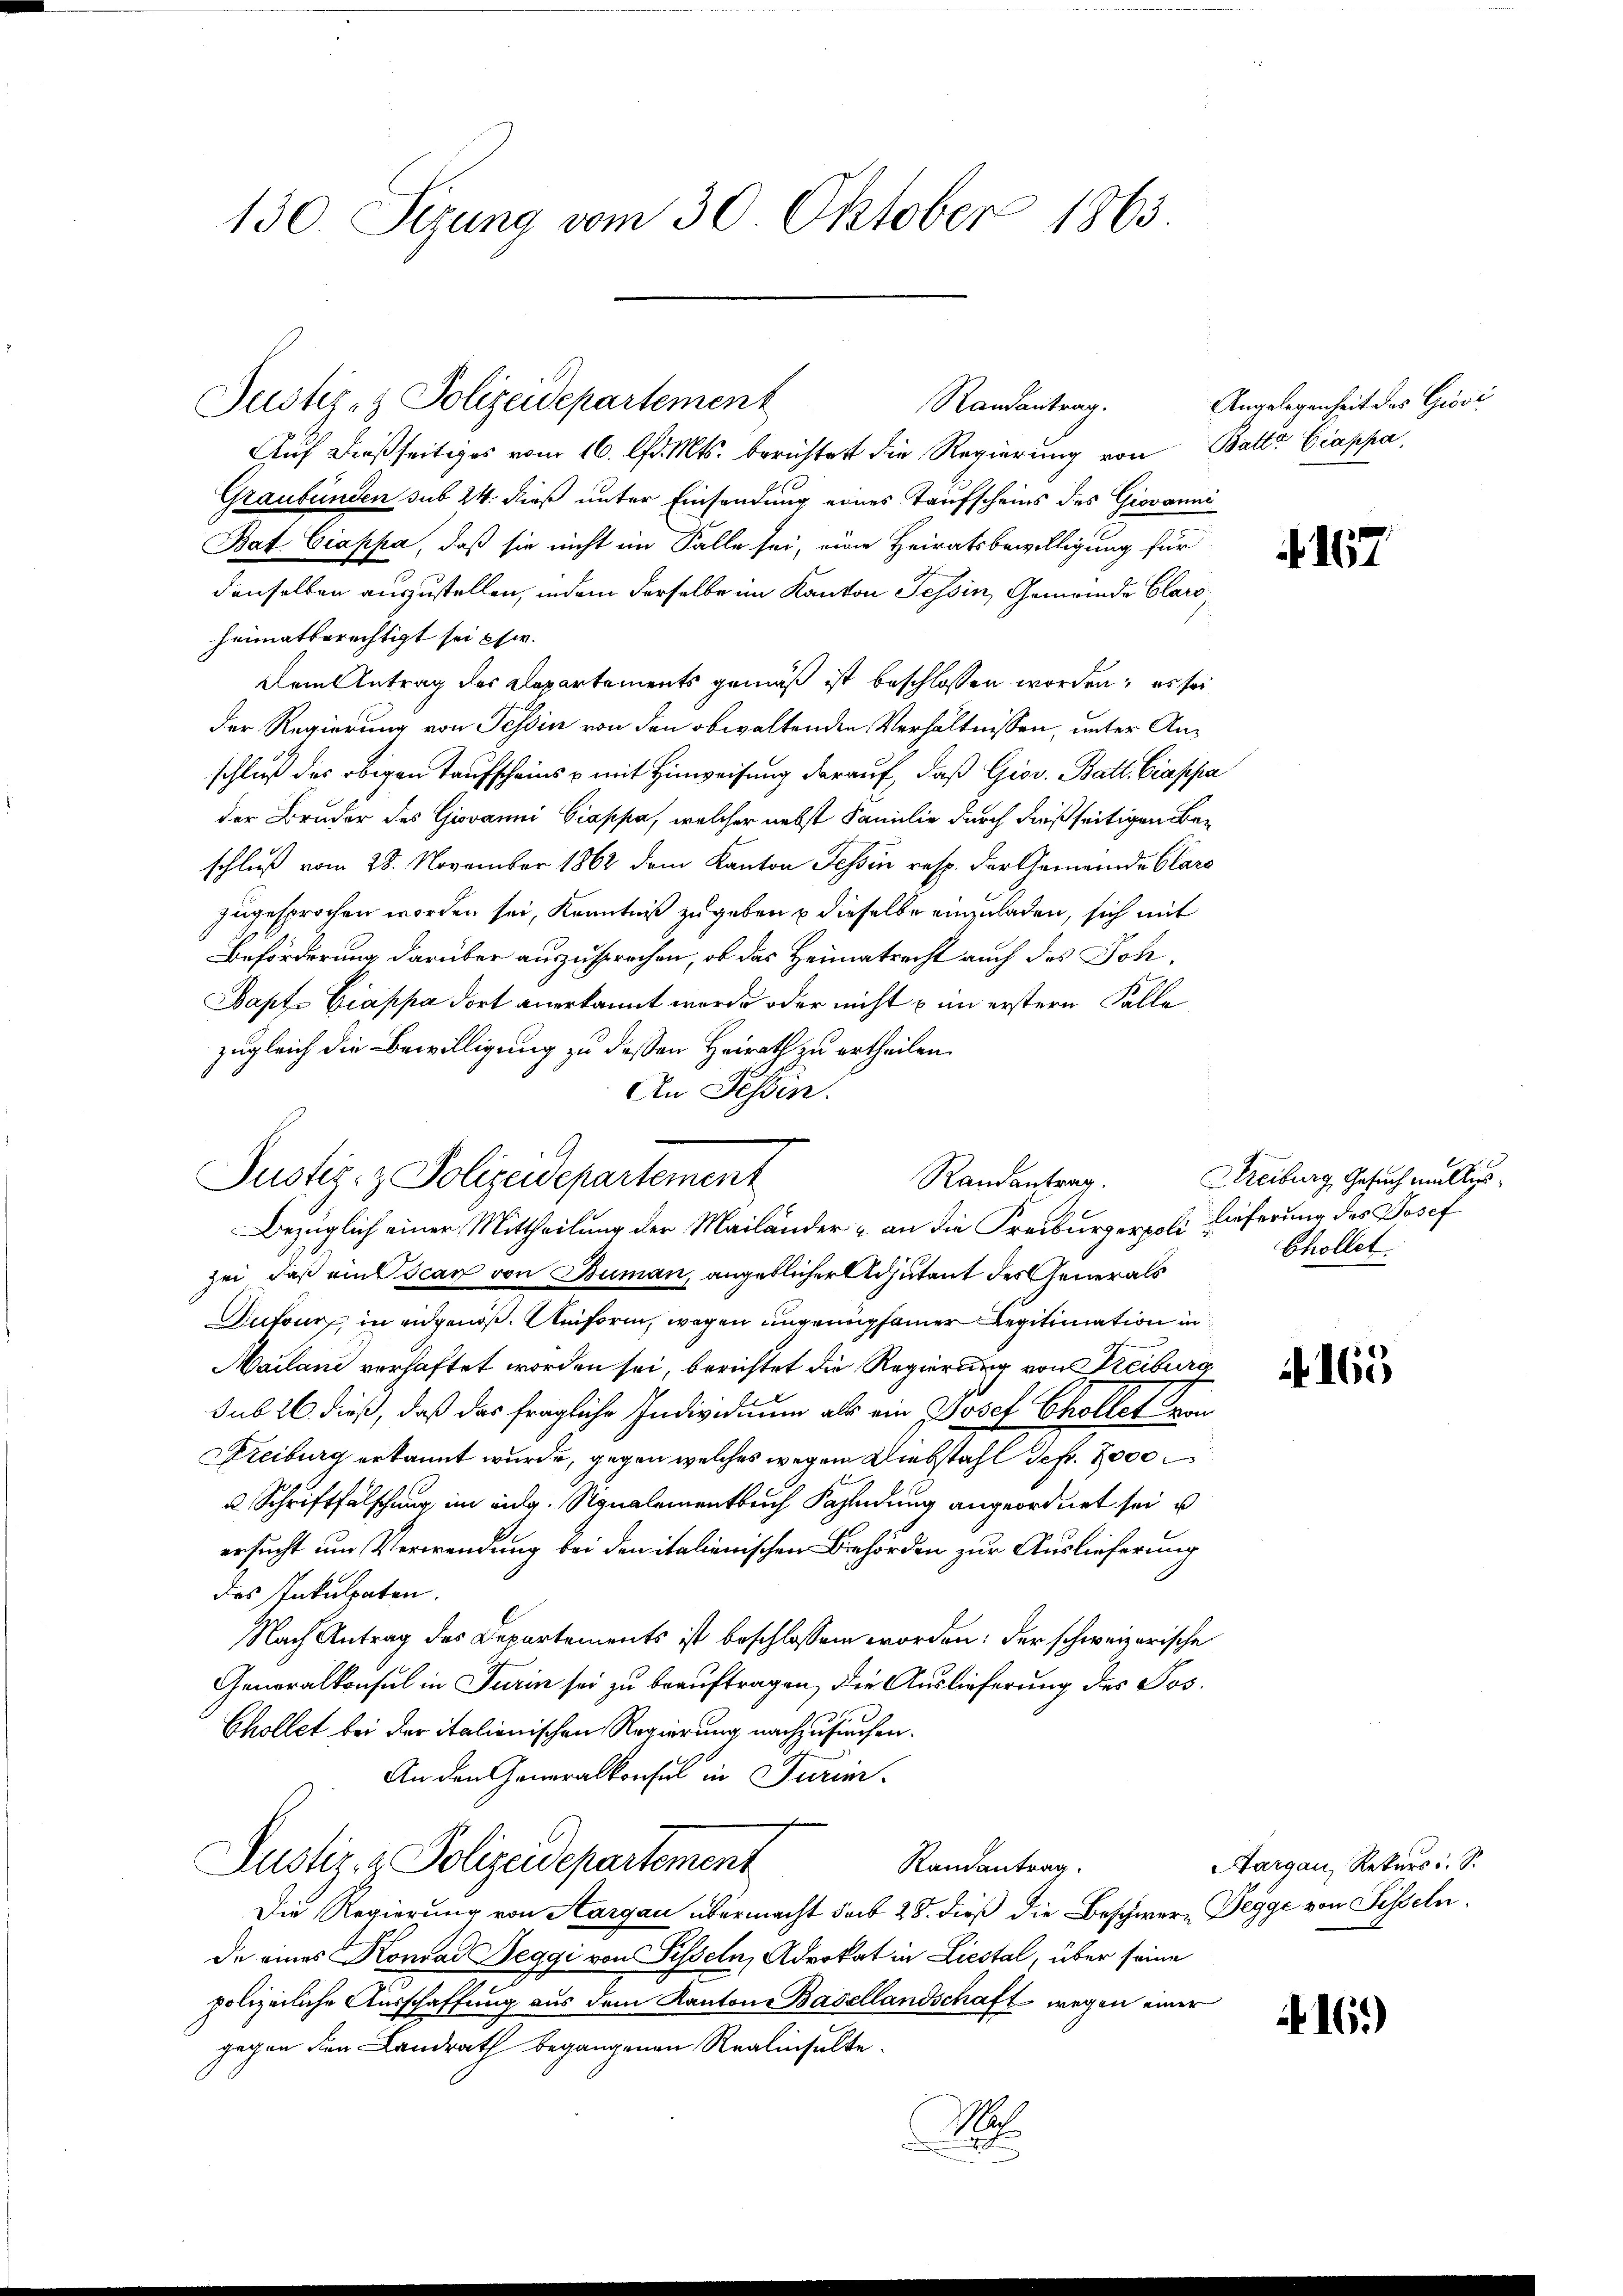
130. Sizung vom 30. Oktober 1863

Auf dießseitiges vom 16. d. Mts. berichtet die Regierung von Batte Ciappa
Graubünden sub 24. dieß unter Einsendung eines Taufscheins des Giovanni
Bat Ciappa, daß sie nicht im Falle sei, eine Heiratsbewilligung für
denselben auszustellen, indem derselbe im Kanton Tessin, Gemeinde Claro,
heimatberechtigt sei usw.
Dem Antrag des Departements gemäß ist beschlossen worden, es sei
Der Regierung von Tessin von den obwaltenden Verhältnissen, unter Anschluß des obigen Taufscheins & mit Hinweisung darauf, daß Giov. Batt. Ciappa
der Bruder des Giovanni Ciappa, welcher nebst Familie durch dießseitigen Beschluß vom 28. November 1862 dem Kanton Tessin resp. der Gemeinde Clare
zugesprochen worden sei, Kenntniß zugeben dieselbe einzuladen, sich mit
Beförderung darüber auszusprechen, ob das Heimatrecht auch des Joh¬
Bapt. Biappa dort anerkannt werde oder nicht im erstern Fälle
zugleich die Bewilligung zu dessen Heirath zu ertheilen.
An Tessin.
Bezüglich einer Mittheilung der Mailänder - an die Freiburgerpoli Lieferung des Josef
zei, daß ein scar von Buman, angeblicher Adjutant des Generals
Dufours, in eidgenöß. Uniform, wegen ungenugsamer Legitimation in
Mailand verhaftet worden sei, berichtet die Regierung von Treiburg
sub 26. dieß, daß das fragliche Individuum als ein Josef Chollet von
Freiburg erkannt wurde, gegen welches wegen Diebstahl Sefr. 2000
u. Schriftfälschung im eidg. Signalementbuch Fahndung angeordnet sei u
ersucht um Verwendung bei den italienischen Behörden zur Auslieferung
des Inkulpaten.
Nach Antrag des Departements ist beschlossen worden; der schweizerische
Generalkonsul in Turin sei zu beauftragen, die Auslieferung des Jos.
Chollet bei der italienischen Regierung nachzusuchen.
An den Generalkonsul in Turim.
Justiz- & Polizeidepartement
Randantrag.
Die Regierung von Aargau übermacht sub 28. dieß die Beschwere Degge von Sesseln.
de eines Konrad Beggi von Sesseln, Advokat in Liestal, über seine
polizeiliche Ausschaffung aus dem Kanton Basellandschaft wegen einer
gegen den Landrath begangenen Realinsulte
N

Justiz- & Polizeidepartement

Randantrag.

Justiz- & Polizeidepartement
Randantrag.

Angelegenheit des Giovi

A 167

Freiburg, Gesuch mallis,
Chollet.

. 165

Aargau, Rekurs d. S.

16.)